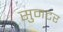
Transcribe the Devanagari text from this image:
सुमटर